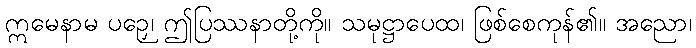
ဣမေနာမ ပဉှေ၊ ဤပြဿနာတို့ကို။ သမုဋ္ဌာပေထ၊ ဖြစ်စေကုန်၏။ အညော၊